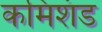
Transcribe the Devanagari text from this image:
कमिशंड